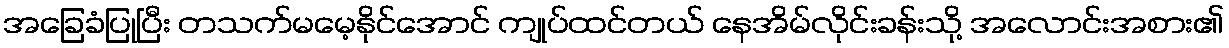
အခြေခံပြုပြီး တသက်မမေ့နိုင်အောင် ကျုပ်ထင်တယ် နေအိမ်လိုင်းခန်းသို့ အလောင်းအစား၏